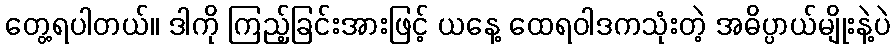
တွေ့ရပါတယ်။ ဒါကို ကြည့်ခြင်းအားဖြင့် ယနေ့ ထေရဝါဒကသုံးတဲ့ အဓိပ္ပာယ်မျိုးနဲ့ပဲ